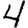
Digit: 4